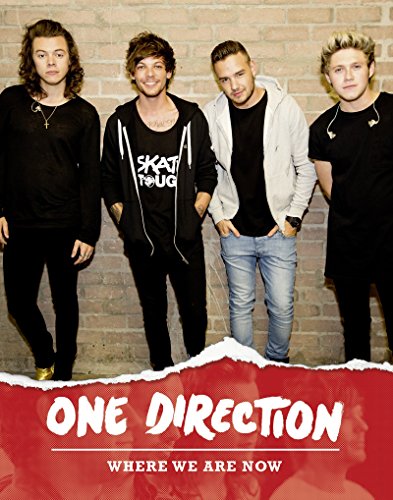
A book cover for One Direction: Where We Are Now; One Direction; Children's Books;